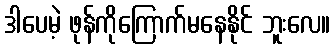
ဒါပေမဲ့ ဖုန်ကိုကြောက်မနေနိုင် ဘူးလေ။